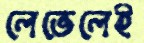
লেভেলেই